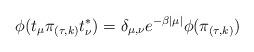
LaTeX: \begin{align*} \phi(t_\mu \pi_{(\tau,k)} t^*_\nu) = \delta_{\mu,\nu} e^{-\beta|\mu|} \phi(\pi_{(\tau,k)}) \end{align*}